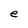
Character: e